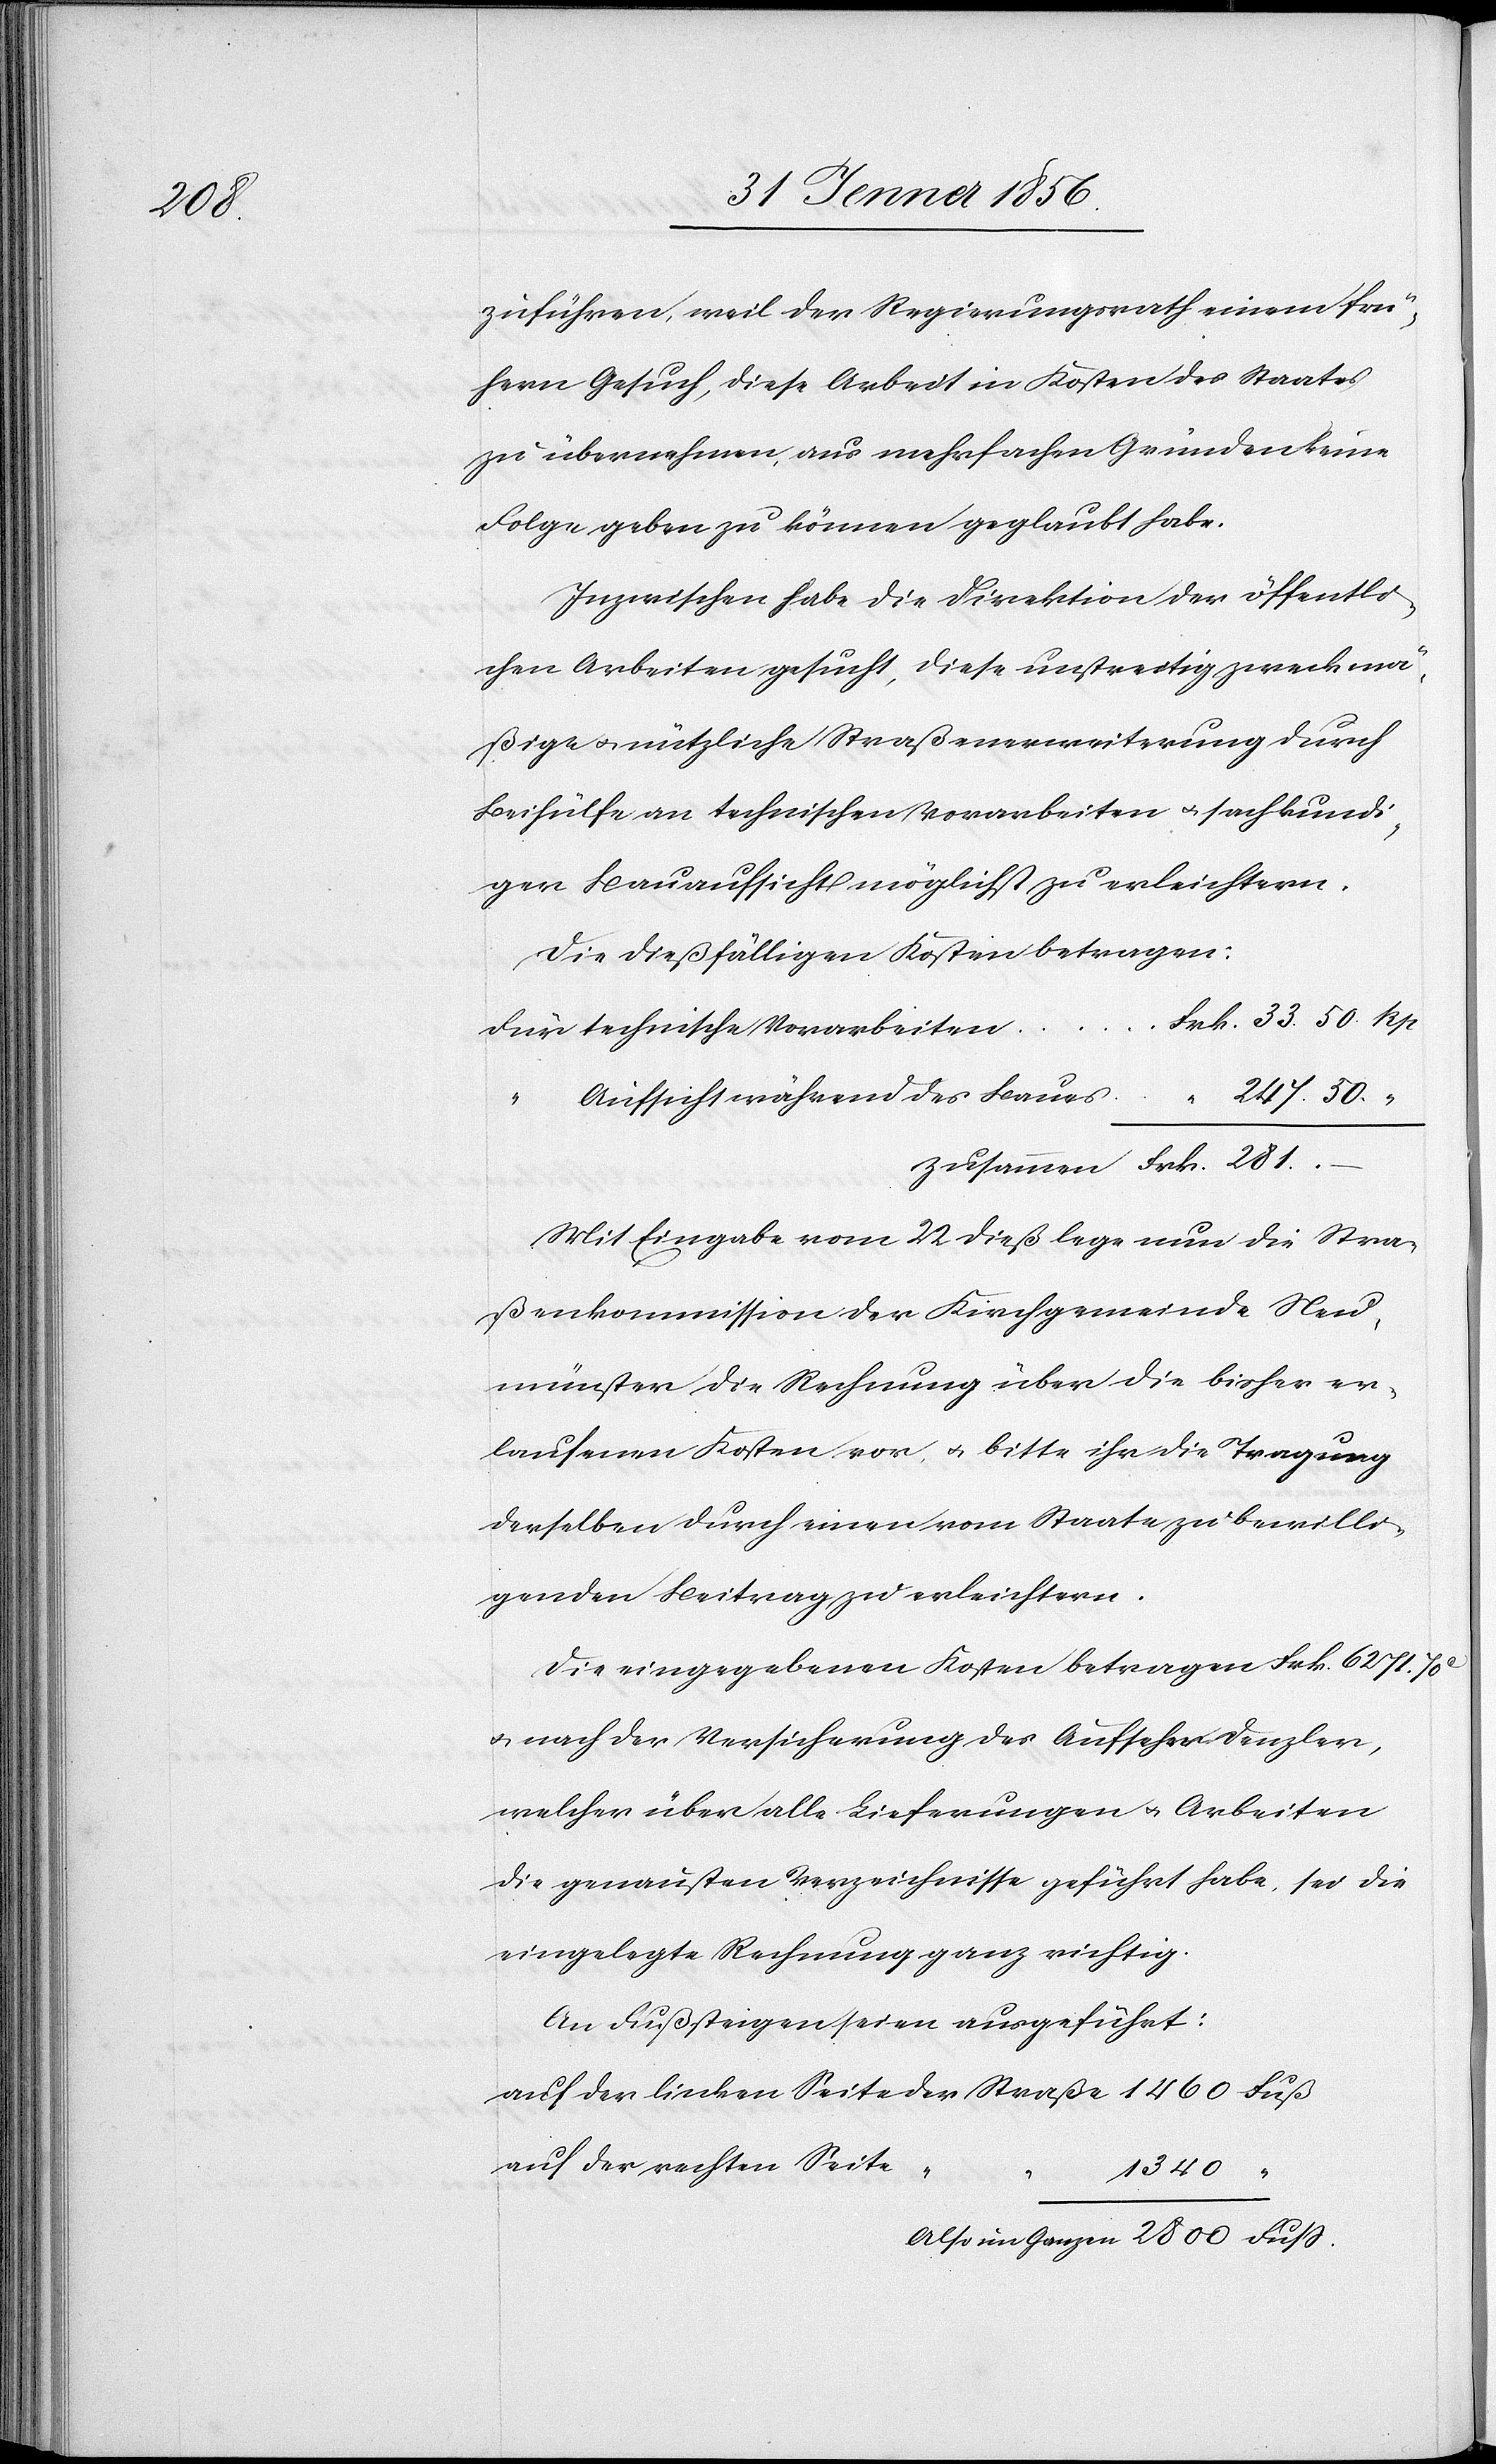
2800

zuführen, weil der Regierungsrath einem frü¬
hern Gesuch, diese Arbeit in Kosten des Staates
zu übernehmen, aus mehrfachen Gründen keine
Folge geben zu können geglaubt habe.
Inzwischen habe die Direktion der öffentli¬
chen Arbeiten gesucht, diese unstreitig zweckmä¬
ßige u. nützliche Straßenerweiterung durch
Beihülfe an technischen Vorarbeiten u. sachkundi¬
ger Bauaufsicht möglichst zu erleichtern.
Die dießfälligen Kosten betragen:
technische Vorarbeiten
Aufsicht während des Baues
Ganzen
Mit Eingabe vom 22 dieß lege nun die Stra¬
ßenkommission der Kirchgemeinde Neu¬
münster die Rechnung über die bisher er¬
laufenen Kosten vor u. bitte ihr die Tragung
derselben durch einen vom Staate zu bewilli¬
genden Beitrag zu erleichtern.
Die eingegebenen Kosten betragen Frk. 6271. 70
u. nach der Versicherung des Aufseher Denzler,
welcher über alle Lieferungen u. Arbeiten
die genausten Verzeichnisse geführt habe, sei die
eingelegte Rechnung ganz richtig.
An Fußsteigen seien ausgeführt:
auf der rechten Seite
“
1340
50.